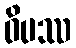
ဝိပဿ